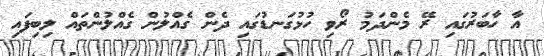
އާ ހާބަރުގައި ރޭ މެންދަމު ރޯވި ހުޅުގަނޑުގައި ދެން ގެއްލުން ގެއްލުންތައް ލިބިފައި